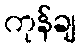
ကုန်ချ